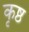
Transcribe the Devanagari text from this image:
कृष्ठ